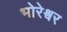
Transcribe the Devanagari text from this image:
भोरेश्वर